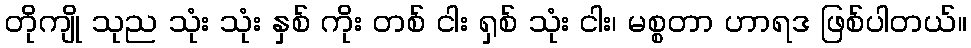
တိုကျို သုည သုံး သုံး နှစ် ကိုး တစ် ငါး ရှစ် သုံး ငါး၊ မစ္စတာ ဟာရဒ ဖြစ်ပါတယ်။